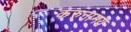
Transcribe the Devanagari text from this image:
करुनामय